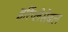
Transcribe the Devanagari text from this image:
इर्रिप्लेसेबल